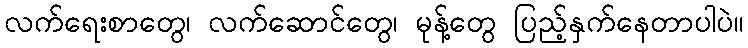
လက်ရေးစာတွေ၊ လက်ဆောင်တွေ၊ မုန့်တွေ ပြည့်နှက်နေတာပါပဲ။